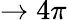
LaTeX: \to 4\pi